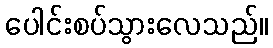
ပေါင်းစပ်သွားလေသည်။